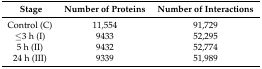
| Stage | Number of Proteins | Number of Interactions |
 | --- | --- | --- |
 | Control (C) | 11,554 | 91,729 |
 | ≤3 h (I) | 9433 | 52,295 |
 | 5 h (II) | 9432 | 52,774 |
 | 24 h (III) | 9339 | 51,989 |